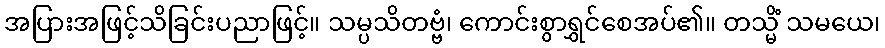
အပြားအဖြင့်သိခြင်းပညာဖြင့်။ သမ္ပသိတဗ္ဗံ၊ ကောင်းစွာရွှင်စေအပ်၏။ တသ္မိံ သမယေ၊